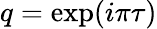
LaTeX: q=\exp(i\pi\tau)